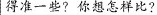
得准一些?你想怎样比?